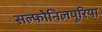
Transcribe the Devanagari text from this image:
सल्फोनिलयूरिया